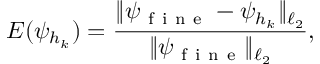
E ( \psi _ { h _ { k } } ) = \frac { \| \psi _ { \mathrm { ~ f ~ i ~ n ~ e ~ } } - \psi _ { h _ { k } } \| _ { \ell _ { 2 } } } { \| \psi _ { \mathrm { ~ f ~ i ~ n ~ e ~ } } \| _ { \ell _ { 2 } } } ,